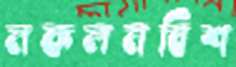
নকলনবিশ